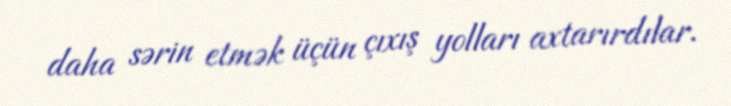
daha sərin etmək üçün çıxış yolları axtarırdılar.